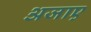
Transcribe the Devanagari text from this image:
अजाए